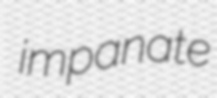
impanate